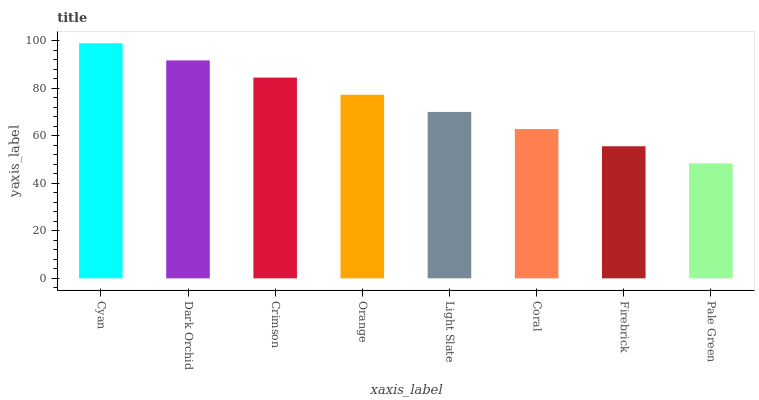
| xaxis_label | bars |
 | --- | --- |
 | Cyan | 99 |
 | Dark Orchid | 91.8 |
 | Crimson | 84.5 |
 | Orange | 77.3 |
 | Light Slate | 70.1 |
 | Coral | 62.9 |
 | Firebrick | 55.6 |
 | Pale Green | 48.4 |